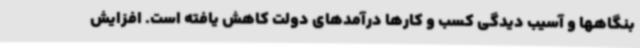
بنگاهها و آسیب دیدگی کسب و کارها درآمدهای دولت کاهش یافته است. افزایش